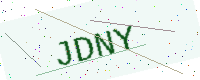
Text: JDNY